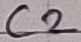
Text: C2